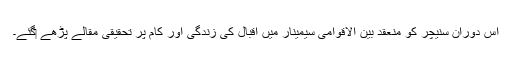
اس دوران سنیچر کو منعقد بین الاقوامی سیمینار میں اقبال کی زندگی اور کام پر تحقیقی مقالے پڑھے ‏گئے۔